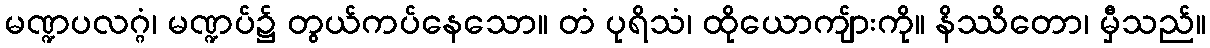
မဏ္ဍပလဂ္ဂံ၊ မဏ္ဍပ်၌ တွယ်ကပ်နေသော။ တံ ပုရိသံ၊ ထိုယောကျ်ားကို။ နိဿိတော၊ မှီသည်။